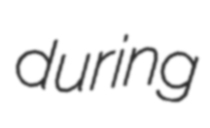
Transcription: during